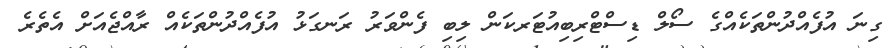
ގިނަ އުފެއްދުންތަކެއްގެ ސޯލް ޑިސްޓްރިބިއުޓަރކަން ލިބި ފެންވަރު ރަނގަޅު އުފެއްދުންތަކެއް ރާއްޖެއަށް އެތެރެ